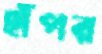
হাঁপর